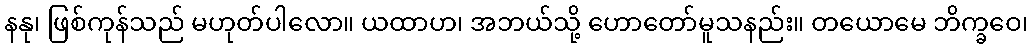
နနု၊ ဖြစ်ကုန်သည် မဟုတ်ပါလော။ ယထာဟ၊ အဘယ်သို့ ဟောတော်မူသနည်း။ တယောမေ ဘိက္ခဝေ၊